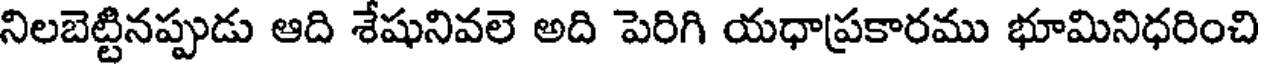
నిలబెట్టినప్పుడు ఆది శేషునివలె అది పెరిగి యధాప్రకారము భూమినిధరించి